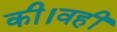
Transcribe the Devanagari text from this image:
की।वहीं